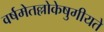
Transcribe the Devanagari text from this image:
वर्षमेतल्लोकेषुगीयते